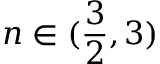
n \in ( \frac 3 2 , 3 )